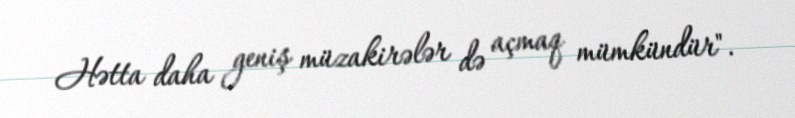
Hətta daha geniş müzakirələr də açmaq mümkündür".